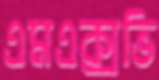
এমএক্সভি